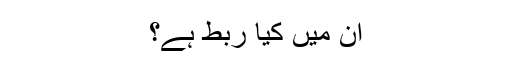
ان میں کیا ربط ہے؟